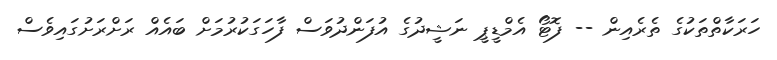
ހަރަކާތްތަކުގެ ތެރެއިން -- ފޮޓޯ އެމްޑީޕީ ނަޝީދުގެ އުފަންދުވަސް ފާހަގަކުރުމަށް ބައެއް ރަށްރަށުގައިވެސް